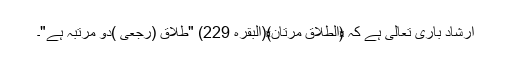
ارشادِ باری تعالیٰ ہے کہ ﴿الطلاق مرتان﴾(البقرہ 229) "طلاق (رجعی )دو مرتبہ ہے"۔